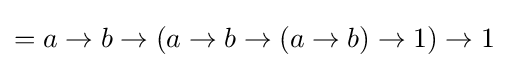
=a\to b\to (a\to b\to (a\to b)\to 1)\to 1